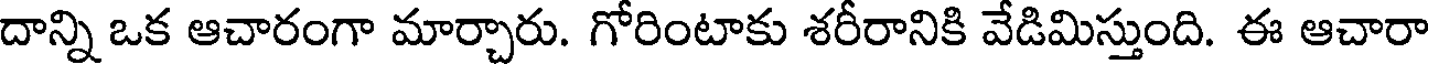
దాన్ని ఒక ఆచారంగా మార్చారు. గోరింటాకు శరీరానికి వేడిమిస్తుంది. ఈ ఆచారా